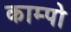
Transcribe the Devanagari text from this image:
काम्पो